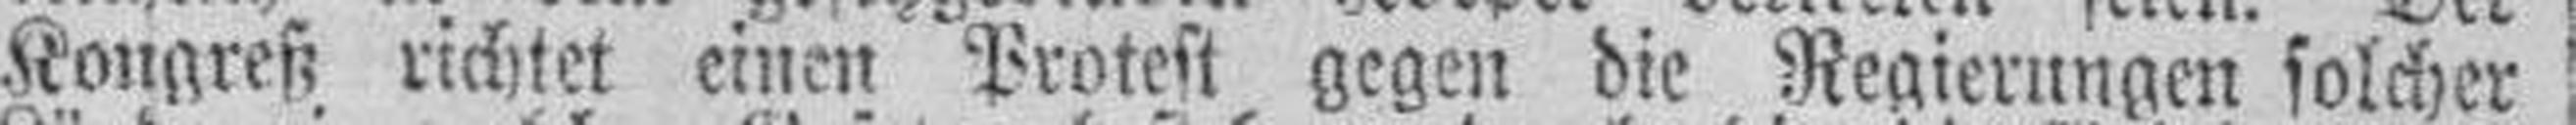
Kongreß richtet einen Protest gegen die Regierungen solcher